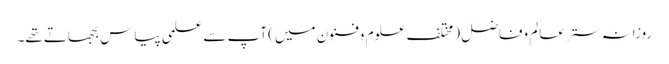
روزانہ ستر عالم وفاضل (مختلف علوم وفنون میں) آپ سے علمی پیاس بجھاتے تھے۔